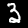
Digit: 3